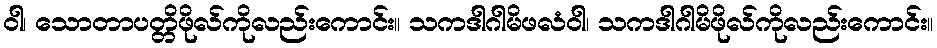
ဝါ၊ သောတာပတ္တိဖိုလ်ကိုလည်းကောင်း။ သကဒါဂါမိဖလံဝါ၊ သကဒါဂါမိဖိုလ်ကိုလည်းကောင်း။